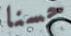
حسنا